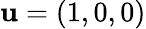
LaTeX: \mathbf{u}=(1,0,0)